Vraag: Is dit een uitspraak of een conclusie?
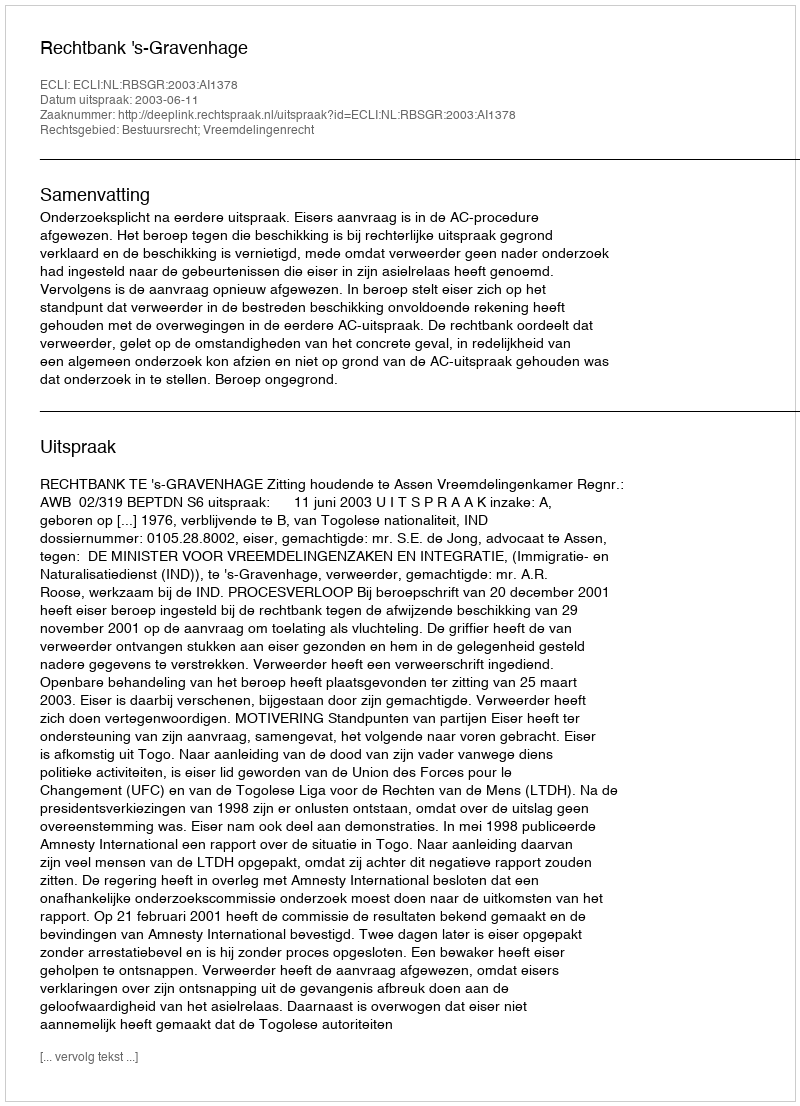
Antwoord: Uitspraak